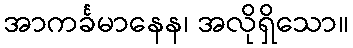
အာကင်္ခမာနေန၊ အလိုရှိသော။